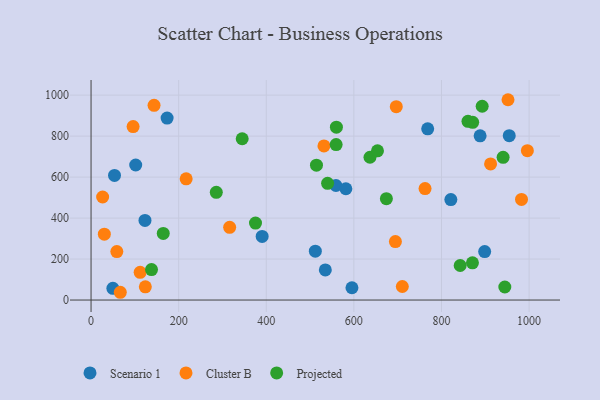
{"axis": {"x": "Price", "y": "Rating"}, "legend": ["Cluster B", "Projected", "Scenario 1"], "data": [{"x": "595.6", "y": 60.0, "type": "Scenario 1"}, {"x": "390.6", "y": 310.3, "type": "Scenario 1"}, {"x": "821.4", "y": 490.5, "type": "Scenario 1"}, {"x": "888.2", "y": 801.5, "type": "Scenario 1"}, {"x": "173.6", "y": 888.2, "type": "Scenario 1"}, {"x": "123.1", "y": 388.6, "type": "Scenario 1"}, {"x": "559.0", "y": 559.0, "type": "Scenario 1"}, {"x": "101.9", "y": 659.0, "type": "Scenario 1"}, {"x": "49.8", "y": 57.1, "type": "Scenario 1"}, {"x": "512.0", "y": 238.7, "type": "Scenario 1"}, {"x": "898.6", "y": 236.5, "type": "Scenario 1"}, {"x": "581.7", "y": 543.2, "type": "Scenario 1"}, {"x": "768.5", "y": 835.7, "type": "Scenario 1"}, {"x": "954.7", "y": 802.1, "type": "Scenario 1"}, {"x": "534.8", "y": 147.1, "type": "Scenario 1"}, {"x": "53.5", "y": 608.4, "type": "Scenario 1"}, {"x": "982.7", "y": 490.9, "type": "Cluster B"}, {"x": "762.5", "y": 543.9, "type": "Cluster B"}, {"x": "123.9", "y": 64.6, "type": "Cluster B"}, {"x": "143.8", "y": 950.3, "type": "Cluster B"}, {"x": "217.1", "y": 591.4, "type": "Cluster B"}, {"x": "531.7", "y": 752.2, "type": "Cluster B"}, {"x": "96.0", "y": 846.6, "type": "Cluster B"}, {"x": "26.4", "y": 502.9, "type": "Cluster B"}, {"x": "996.1", "y": 728.9, "type": "Cluster B"}, {"x": "112.1", "y": 135.5, "type": "Cluster B"}, {"x": "696.8", "y": 943.5, "type": "Cluster B"}, {"x": "316.4", "y": 354.8, "type": "Cluster B"}, {"x": "710.6", "y": 66.1, "type": "Cluster B"}, {"x": "912.1", "y": 664.2, "type": "Cluster B"}, {"x": "30.3", "y": 321.6, "type": "Cluster B"}, {"x": "66.7", "y": 37.9, "type": "Cluster B"}, {"x": "951.9", "y": 977.6, "type": "Cluster B"}, {"x": "58.8", "y": 236.5, "type": "Cluster B"}, {"x": "694.8", "y": 285.2, "type": "Cluster B"}, {"x": "345.0", "y": 787.2, "type": "Projected"}, {"x": "559.5", "y": 758.9, "type": "Projected"}, {"x": "860.5", "y": 872.3, "type": "Projected"}, {"x": "944.6", "y": 63.6, "type": "Projected"}, {"x": "871.2", "y": 867.2, "type": "Projected"}, {"x": "138.0", "y": 148.8, "type": "Projected"}, {"x": "285.9", "y": 525.6, "type": "Projected"}, {"x": "636.8", "y": 696.8, "type": "Projected"}, {"x": "164.8", "y": 325.0, "type": "Projected"}, {"x": "560.1", "y": 843.6, "type": "Projected"}, {"x": "375.4", "y": 375.7, "type": "Projected"}, {"x": "842.7", "y": 168.5, "type": "Projected"}, {"x": "892.9", "y": 945.8, "type": "Projected"}, {"x": "514.6", "y": 658.1, "type": "Projected"}, {"x": "940.7", "y": 696.7, "type": "Projected"}, {"x": "674.2", "y": 494.6, "type": "Projected"}, {"x": "540.0", "y": 569.4, "type": "Projected"}, {"x": "870.7", "y": 181.5, "type": "Projected"}, {"x": "653.9", "y": 728.3, "type": "Projected"}]}